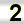
Digit: 2